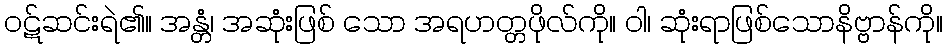
ဝဋ်ဆင်းရဲ၏။ အန္တံ၊ အဆုံးဖြစ် သော အရဟတ္တဖိုလ်ကို။ ဝါ၊ ဆုံးရာဖြစ်သောနိဗ္ဗာန်ကို။